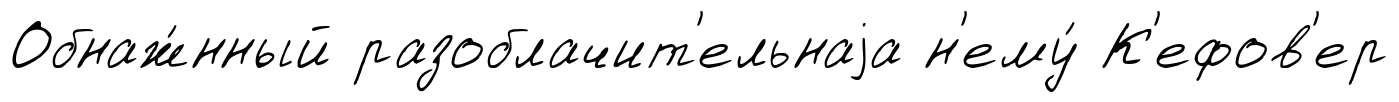
Обнаж́нный разоблачит'ельнаjа н'ему́ К'ефов'ер